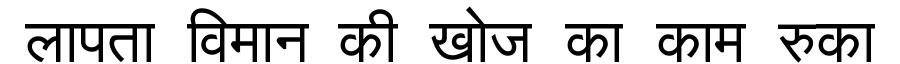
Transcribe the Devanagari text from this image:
लापता विमान की खोज का काम रुका